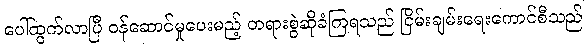
ပေါ်ထွက်လာပြီ ဝန်ဆောင်မှုပေးမည့် တရားစွဲဆိုခံကြရသည် ငြိမ်းချမ်းရေးကောင်စီသည်